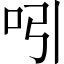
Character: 吲